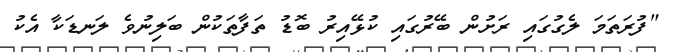
"ފުރަތަމަ ލެގުގައި ރަށުން ބޭރުގައި ކުޅޭއިރު ބޮޑު ތަފާތަކުން ބަލިނުވެ ލަނޑަކާ އެކު